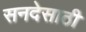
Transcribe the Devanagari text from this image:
सनदेसाठी